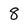
Character: 8